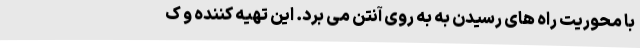
با محوریت راه های رسیدن به به روی آنتن می برد. این تهیه کننده و ک